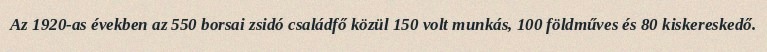
Az 1920-as években az 550 borsai zsidó családfő közül 150 volt munkás, 100 földműves és 80 kiskereskedő.